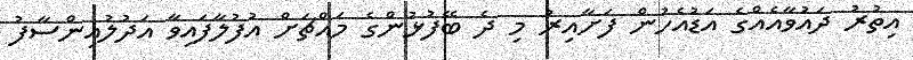
އިތުރު ދައުވާއެއްގެ އަޑުއެހުން ފަށާއިރު މި ދެ ބޭފުޅުންގެ މައްޗަށް އުފުލާފައިވާ އަދުލުއިންސާފު